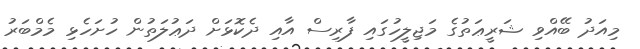
މިއަދު ބޭއްވި ޝަރީޢަތުގެ މަޖިލީހުގައި ފާރިސް އާއި ދެކޮޅަށް ދަޢުލަތުން ހުށަހެޅި މެމްބަރު